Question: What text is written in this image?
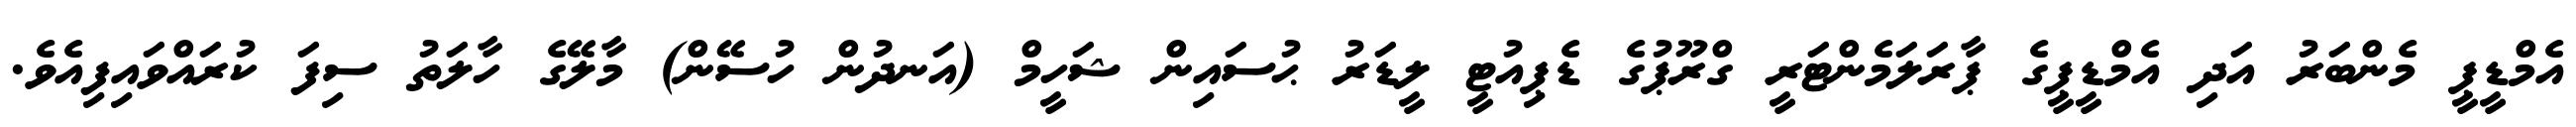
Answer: އެމްޑީޕީ މެންބަރު އަދި އެމްޑީޕީގެ ޕާރަލަމެންޓަރީ ގްރޫޕުގެ ޑެޕިއުޓީ ލީޑަރު ޙުސައިން ޝަހީމް (އަނދުން ހުސޭން) މާލޭގެ ހާލަތު ސިފަ ކުރައްވައިފިއެވެ.